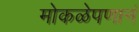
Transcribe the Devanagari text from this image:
मोकळेपणानं